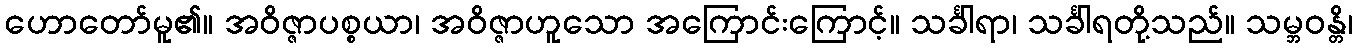
ဟောတော်မူ၏။ အဝိဇ္ဇာပစ္စယာ၊ အဝိဇ္ဇာဟူသော အကြောင်းကြောင့်။ သင်္ခါရာ၊ သင်္ခါရတို့သည်။ သမ္ဘဝန္တိ၊